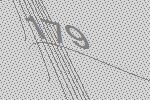
179